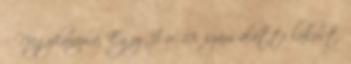
– Nagykanizsa, Egry J. u. 18. szám alatti lakost,